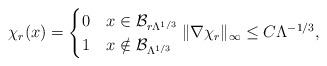
LaTeX: \begin{align*} \chi_r(x)= \begin{cases} 0 & x \in \mathcal B_{r \Lambda^{1/3}} \\ 1 & x \notin \mathcal B_{\Lambda^{1/3}} \end{cases} \Vert\nabla \chi_r\Vert_\infty\leq C \Lambda^{-1/3}, \end{align*}